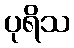
ပုရိသ